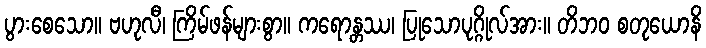
ပွားစေသော။ ဗဟုလီ၊ ကြိမ်ဖန်များစွာ။ ကရောန္တဿ၊ ပြုသောပုဂ္ဂိုလ်အား။ တိဘဝ စတုယောနိ